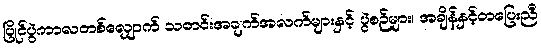
ပြိုင်ပွဲကာလတစ်လျှောက် သတင်းအချက်အလက်များနှင့် ပွဲစဉ်များ၊ အချိန်နှင့်တပြေးညီ